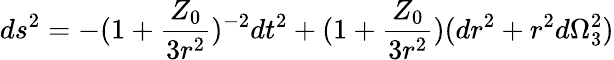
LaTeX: ds^{2}=-(1+\frac{Z_{0}}{3r^{2}})^{-2}dt^{2}+(1+\frac{Z_{0}}{3r^{2}})(dr^{2}+r^{2}d\Omega_{3}^{2})